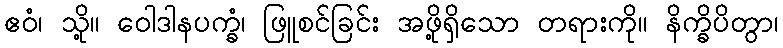
ဧဝံ၊ သို့။ ဝေါဒါနပက္ခံ၊ ဖြူစင်ခြင်း အဖို့ရှိသော တရားကို။ နိက္ခိပိတွာ၊